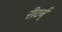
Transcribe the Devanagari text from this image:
रीटर्न्